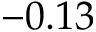
- 0 . 1 3